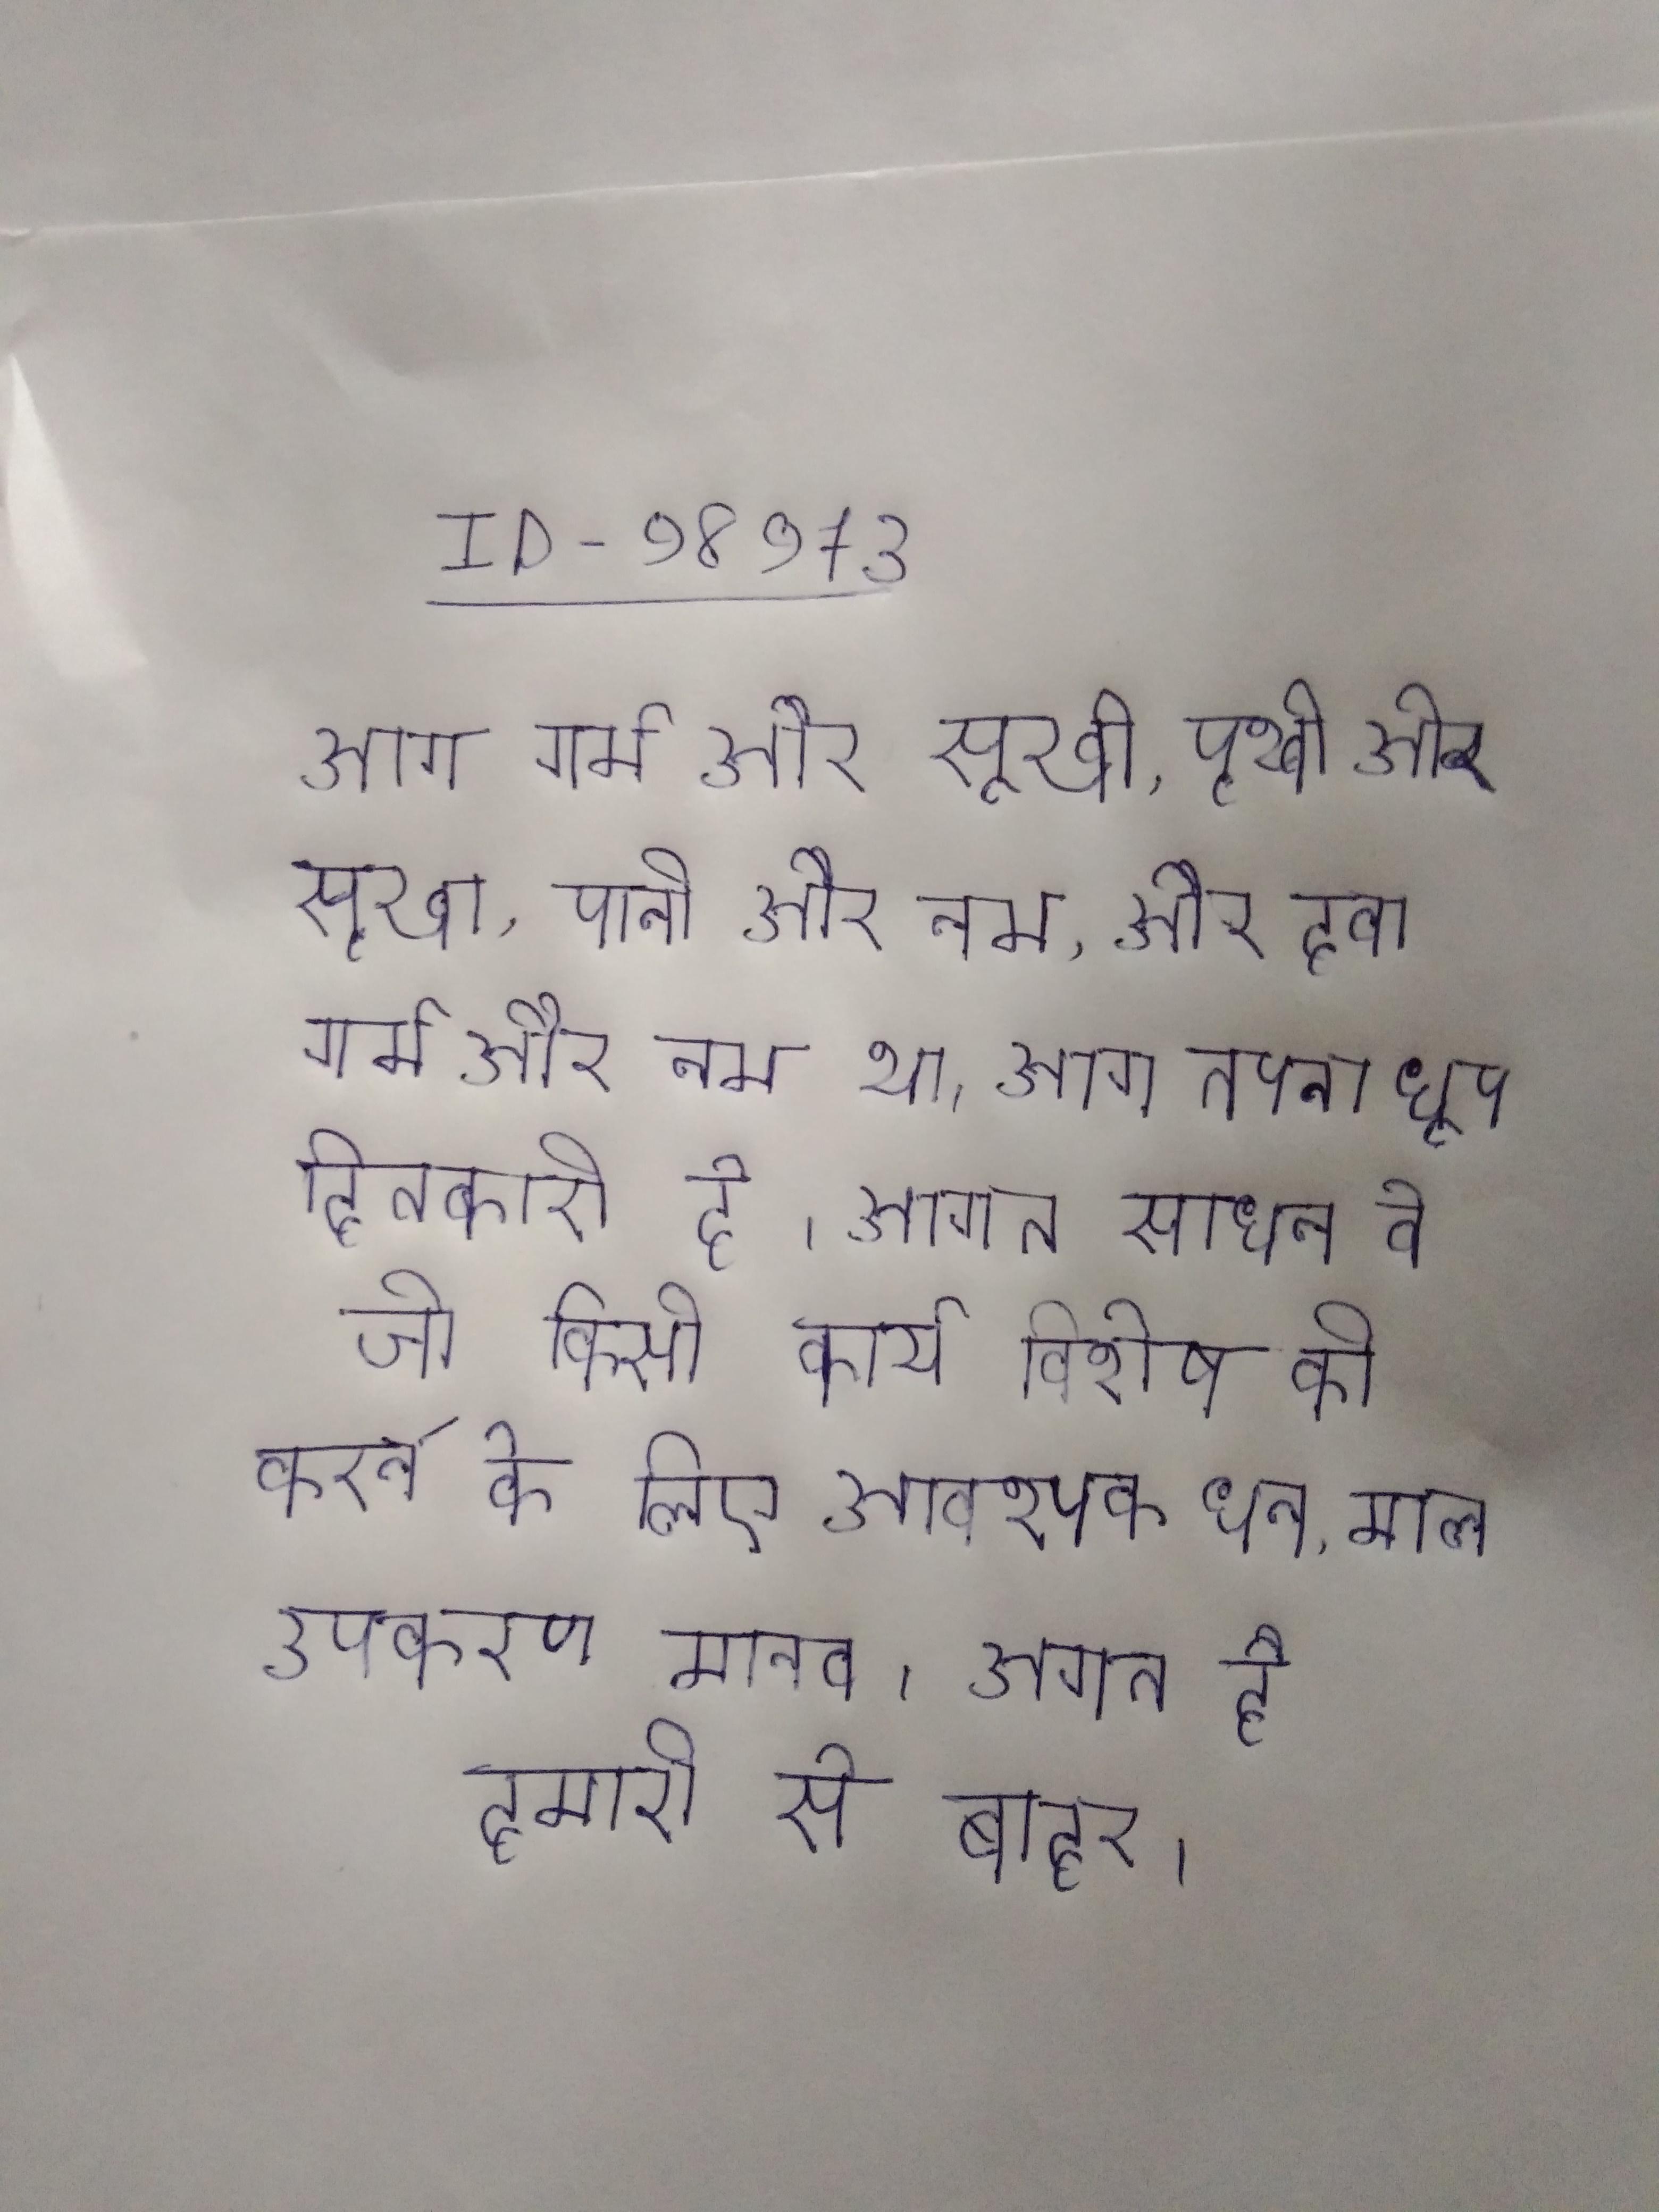
आग गर्म और सूखी, पृथ्वी और सूखा, पानी और नम, और हवा गर्म और नम था । आग तपना धूप हितकारी है । आगत साधन वे जो किसी कार्य विशेष को करने के लिए आवश्यक धन, माल उपकरण मानव । आगत है, हमारी से बाहर ।